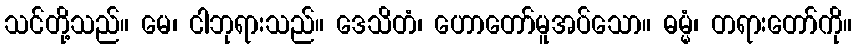
သင်တို့သည်။ မေ၊ ငါဘုရားသည်။ ဒေသိတံ၊ ဟောတော်မူအပ်သော။ ဓမ္မံ၊ တရားတော်ကို။